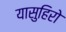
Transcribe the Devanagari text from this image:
यासुहिरो